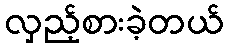
လှည့်စားခဲ့တယ်